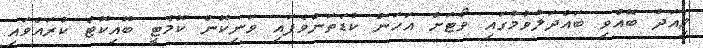
މިއަދު ބޭއްވި ބައްދަލުވުމުގައި ވޯޓަށް އަހަން ކުޑަތަންވެފައި ވަނިކޮން ކޮމެޓީ ބޮއިކޮޓް ކުރައްވައި